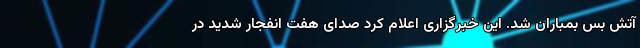
آتش بس بمباران شد. این خبرگزاری اعلام کرد صدای هفت انفجار شدید در